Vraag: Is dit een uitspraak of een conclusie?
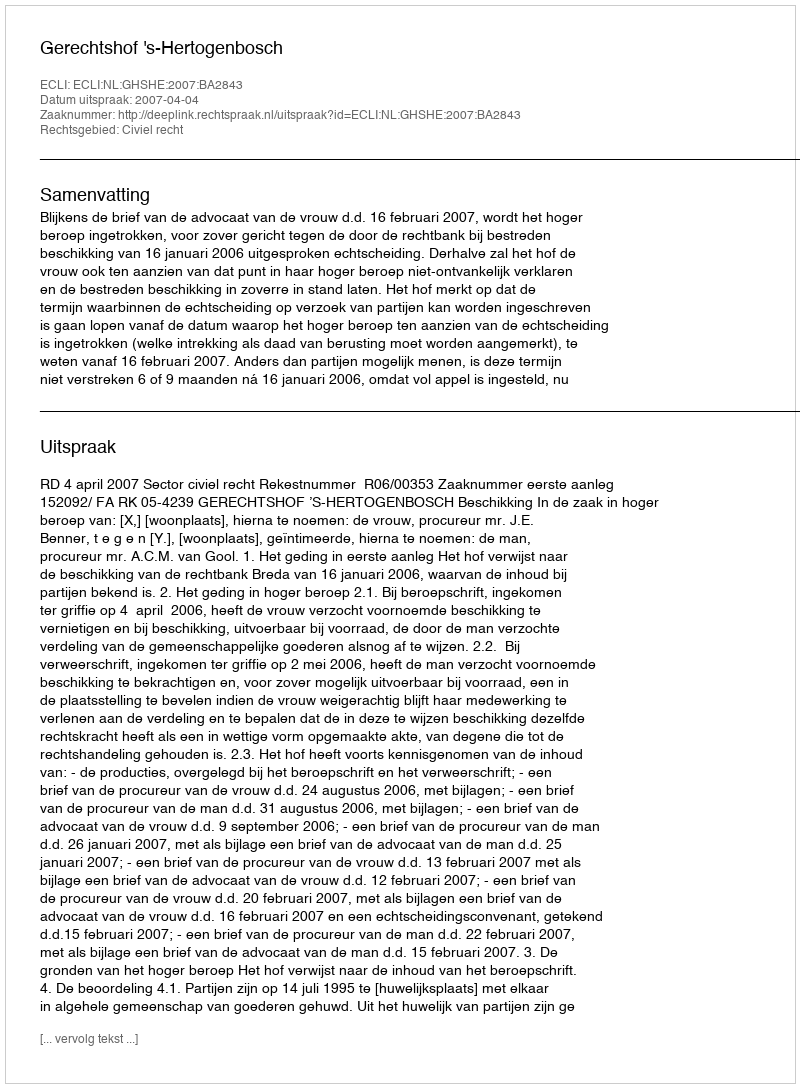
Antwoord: Uitspraak